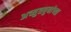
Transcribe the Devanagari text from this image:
अच्युतबुवांच्या